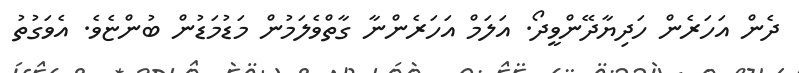
ދެން އަހަރެން ހަދިޔާދޭންވީދޯ. އަލަމް އަހަރެންނާ ގާތްވެލަމުން މަޑުމަޑުން ބުންޏެވެ. އެވަގުތު